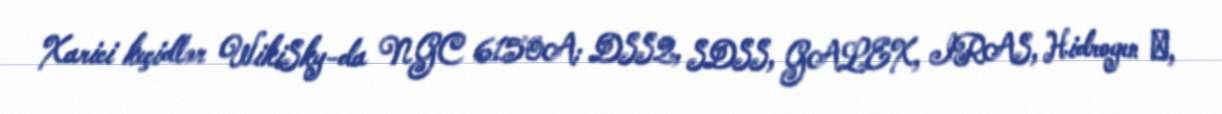
Xarici keçidlər WikiSky-da NGC 6150A: DSS2, SDSS, GALEX, IRAS, Hidrogen α,